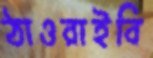
ঠাওরাইবি